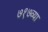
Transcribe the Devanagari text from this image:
७१७व्या